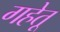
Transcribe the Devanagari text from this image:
गहेतू